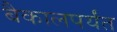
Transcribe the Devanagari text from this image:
बैकालपर्यंत